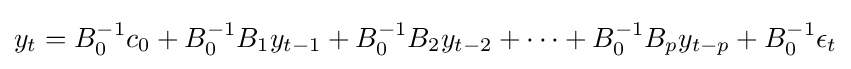
y_{t}=B_{0}^{-1}c_{0}+B_{0}^{-1}B_{1}y_{t-1}+B_{0}^{-1}B_{2}y_{t-2}+\cdots +B_{0}^{-1}B_{p}y_{t-p}+B_{0}^{-1}\epsilon _{t}